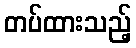
တပ်ထားသည့်